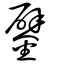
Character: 鐾